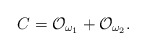
\begin{align*}C={\cal O}_{\omega _1}+{\cal O}_{\omega _2}.\end{align*}